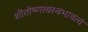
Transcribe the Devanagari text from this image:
शीतोष्णत्वस्वभावत्वं